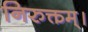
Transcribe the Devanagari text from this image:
निरुक्तम्।